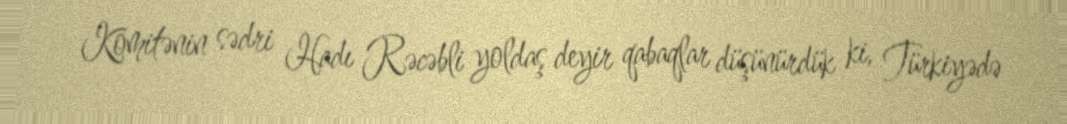
Komitənin sədri Hadı Rəcəbli yoldaş deyir qabaqlar düşünürdük ki, Türkiyədə